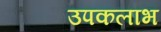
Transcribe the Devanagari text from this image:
उपकलाभ